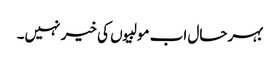
بہرحال اب مولبیوں کی خیر نہیں۔